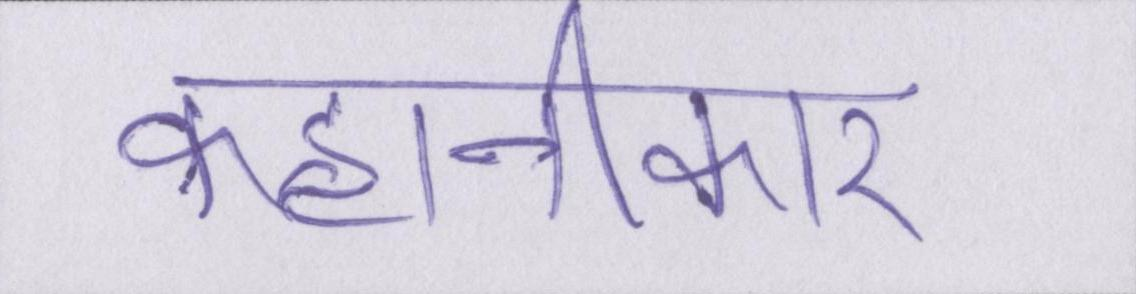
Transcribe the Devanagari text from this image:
कहानीकार